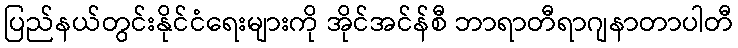
ပြည်နယ်တွင်းနိုင်ငံရေးများကို အိုင်အင်န်စီ ဘာရာတီရာဂျနာတာပါတီ